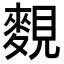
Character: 麲